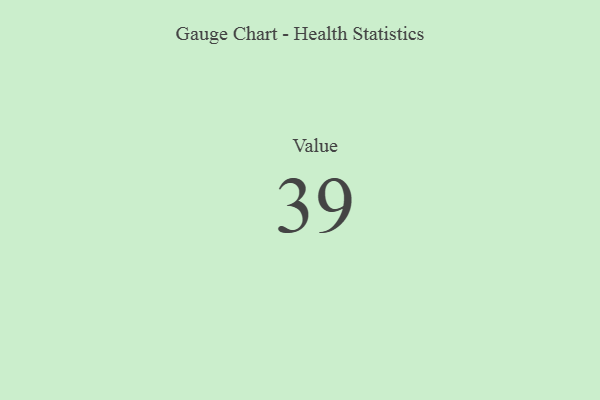
{"axis": {"x": "Metric", "y": "Value"}, "legend": [""], "data": [{"x": "Value", "y": 39, "type": ""}]}